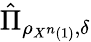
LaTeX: {\hat{\Pi}}_{\rho_{X^{n}\left(1\right)},\delta}